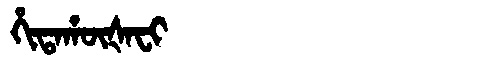
Manchu: ᡥᡳᡨᠠᡥᡡᡧᠠᠸᡳ
Romanization: HITAHŪŠAFI